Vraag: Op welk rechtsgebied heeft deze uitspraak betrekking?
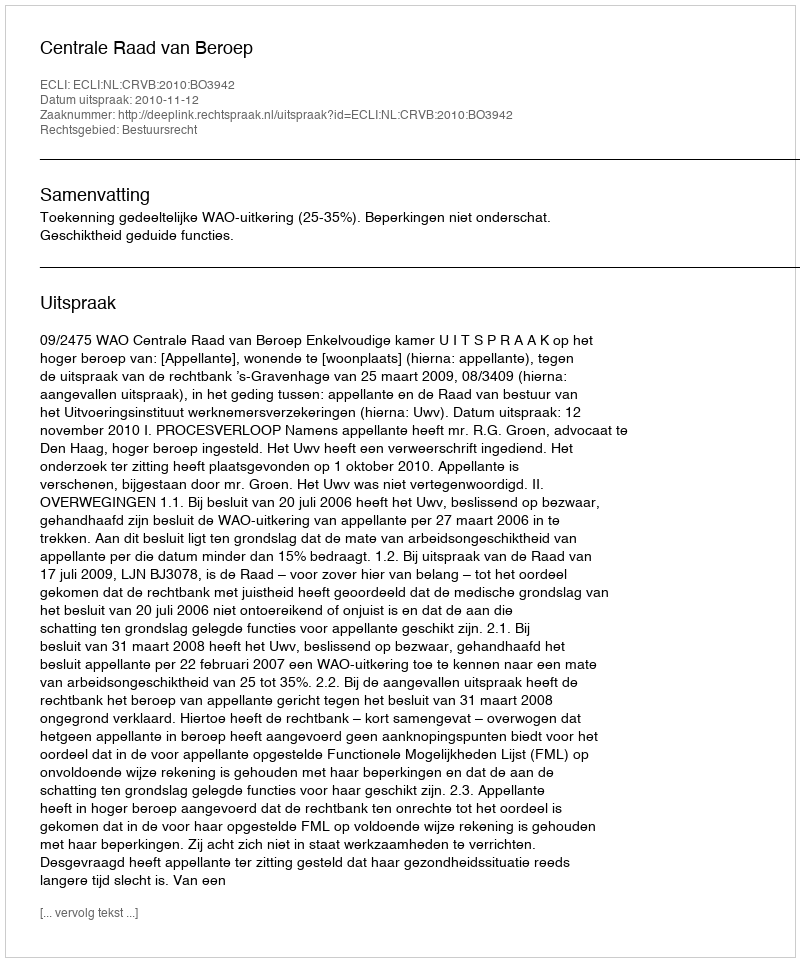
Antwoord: Bestuursrecht